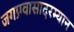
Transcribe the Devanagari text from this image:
जगप्रवासादरम्यान